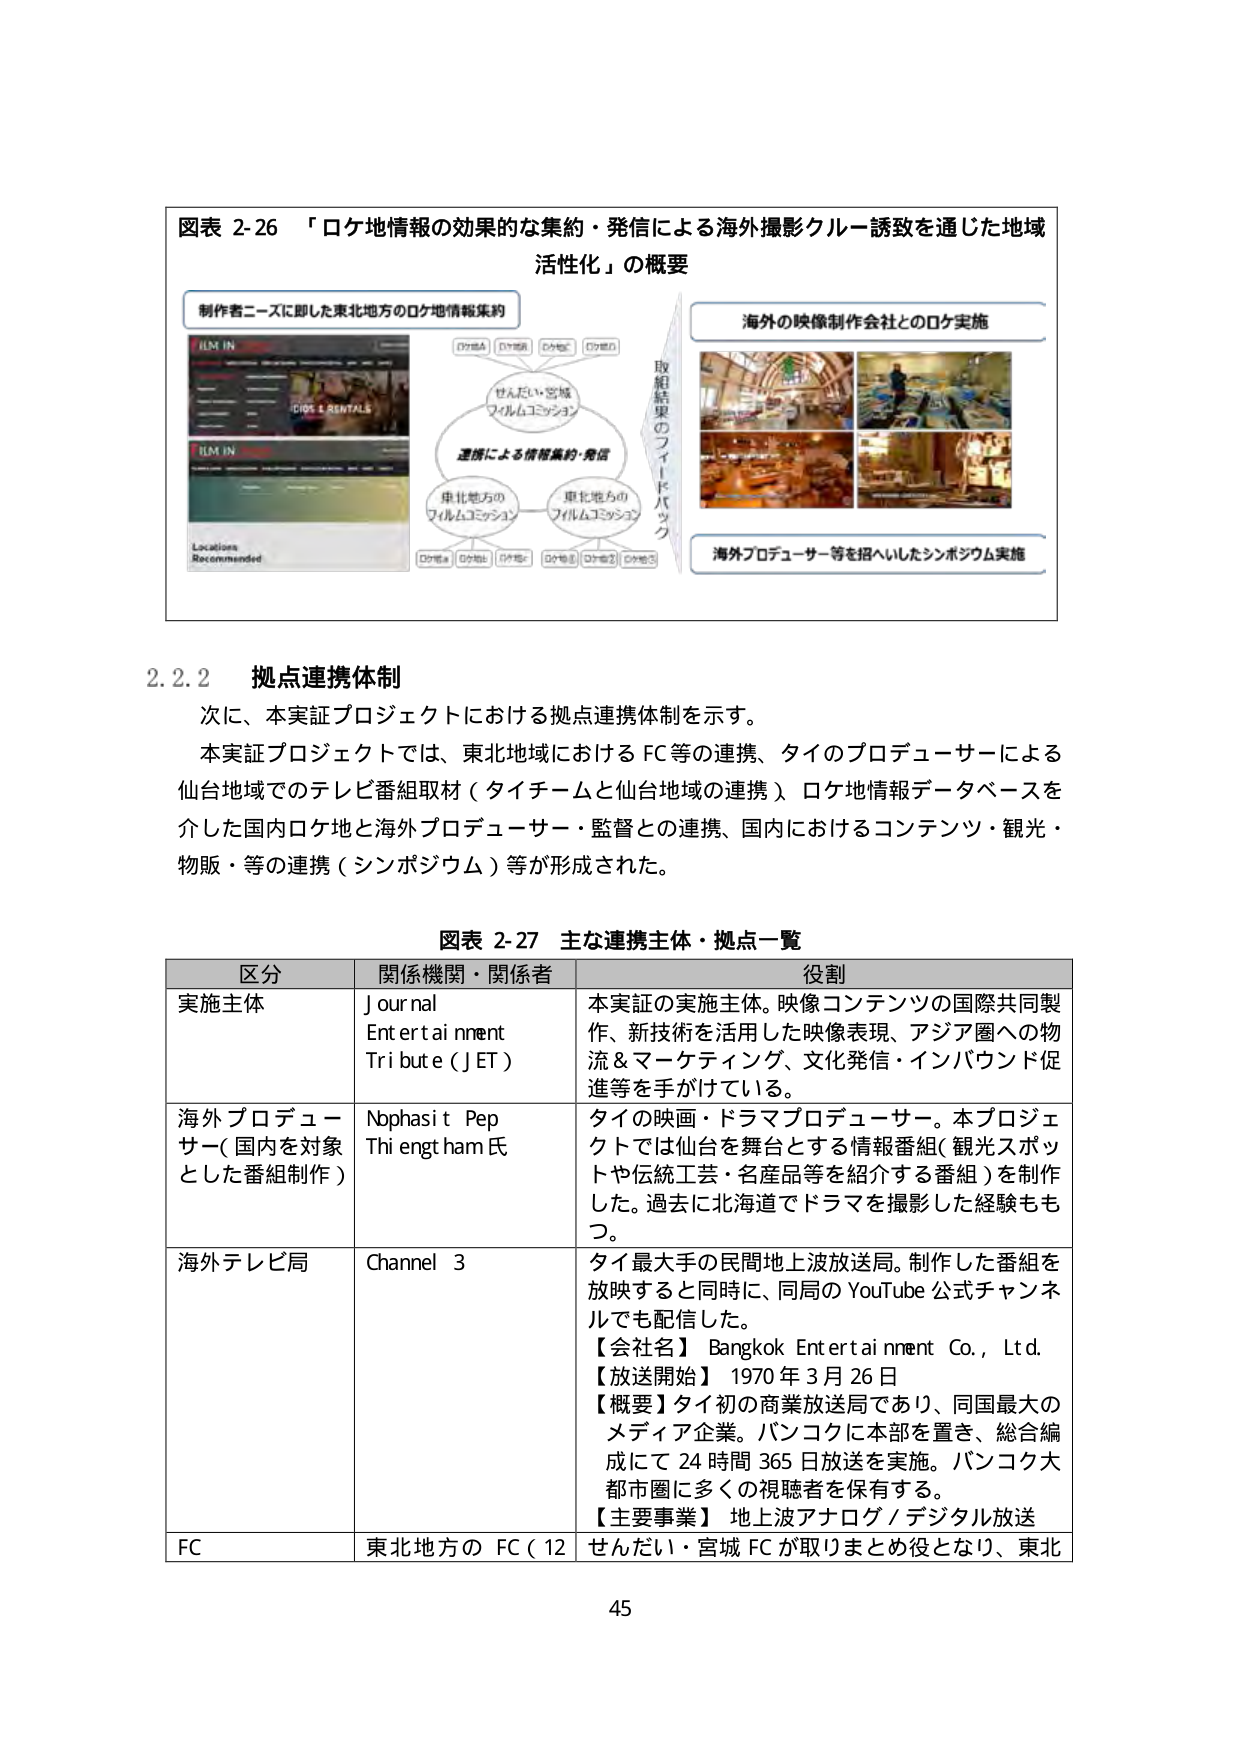
図表 2-26 「ロケ地情報の効果的な集約・発信による海外撮影クルー誘致を通じた地域活性化」の概要

制作者ニーズに即した東北地方のロケ地情報集約

FILM IN
COS & RENTALS

FILM IN
Locations
Recommended

ロケ地A ロケ地B ロケ地C ロケ地D

せんだい・宮城
フィルムコミッション

連携による情報集約・発信

東北地方の
フィルムコミッション

東北地方の
フィルムコミッション

ロケ地A ロケ地B ロケ地C ロケ地D ロケ地E

取組結果のフィードバック

海外の映像制作会社とのロケ実施

海外プロデューサー等を招へいしたシンポジウム実施

2.2.2 拠点連携体制

次に、本実証プロジェクトにおける拠点連携体制を示す。

本実証プロジェクトでは、東北地域におけるFC等の連携、タイのプロデューサーによる仙台地域でのテレビ番組取材（タイチームと仙台地域の連携）、ロケ地情報データベースを介した国内ロケ地と海外プロデューサー・監督との連携、国内におけるコンテンツ・観光・物販・等の連携（シンポジウム）等が形成された。

図表 2-27 主な連携主体・拠点一覧

区分 関係機関・関係者 役割

実施主体 Journal Entertainment Tribute (JET) 本実証の実施主体。映像コンテンツの国際共同製作、新技術を活用した映像表現、アジア圏への物流＆マーケティング、文化発信・インバウンド促進等を手がけている。

海外プロデューサー（国内を対象とした番組制作） Nophasit Pep Thiengtham氏 タイの映画・ドラマプロデューサー。本プロジェクトでは仙台を舞台とする情報番組（観光スポットや伝統工芸・名産品等を紹介する番組）を制作した。過去に北海道でドラマを撮影した経験ももつ。

海外テレビ局 Channel 3 タイ最大手の民間地上波放送局。制作した番組を放映すると同時に、同局のYouTube公式チャンネルでも配信した。
【会社名】 Bangkok Entertainment Co., Ltd.
【放送開始】 1970年3月26日
【概要】タイ初の商業放送局であり、同国最大のメディア企業。バンコクに本部を置き、総合編成にて24時間365日放送を実施。バンコク大都市圏に多くの視聴者を保有する。
【主要事業】 地上波アナログ／デジタル放送

FC 東北地方のFC（12 せんだい・宮城FCが取りまとめ役となり、東北

45